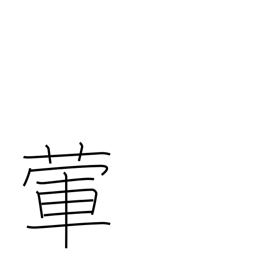
Meaning: garlic